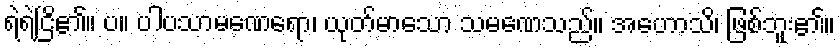
ရဲရဲငြိ၏။ ပ။ ပါပသာမဏေရော၊ ယုတ်မာသော သမဏေသည်။ အဟောသိ၊ ဖြစ်ဘူး၏။